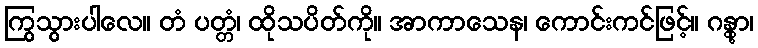
ကြွသွားပါလေ။ တံ ပတ္တံ၊ ထိုသပိတ်ကို။ အာကာသေန၊ ကောင်းကင်ဖြင့်။ ဂန္တွာ၊